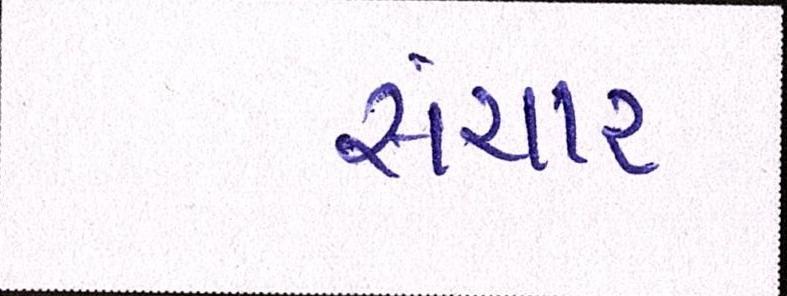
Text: સંચાર